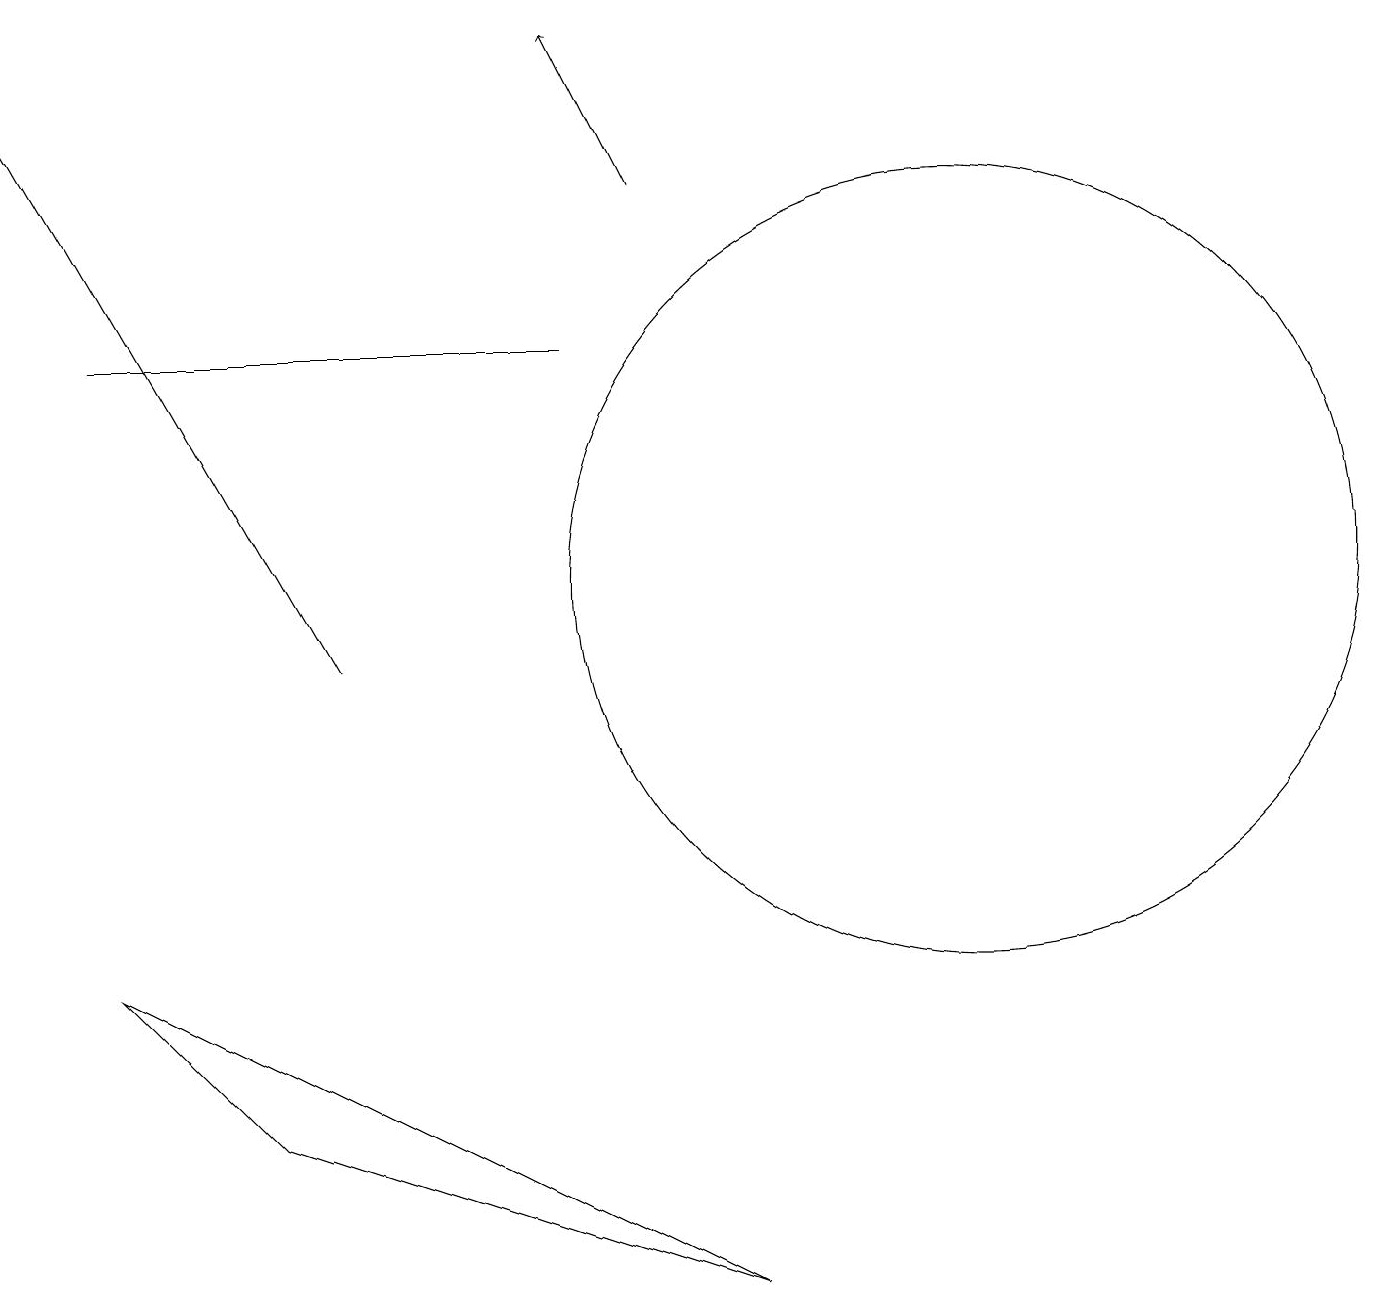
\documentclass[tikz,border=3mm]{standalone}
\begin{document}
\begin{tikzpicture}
\draw (7,15) rectangle (1,15);
\draw[->] (8,17) -- (7,19);
\draw (3,5) -- (1,7) -- (9,3) -- cycle;
\draw[->] (4,11) -- (0,18);
\draw (12,12) circle (5);
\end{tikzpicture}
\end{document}